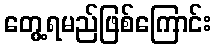
တွေ့ရမည်ဖြစ်ကြောင်း